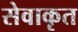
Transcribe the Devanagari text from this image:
सेवाकृत